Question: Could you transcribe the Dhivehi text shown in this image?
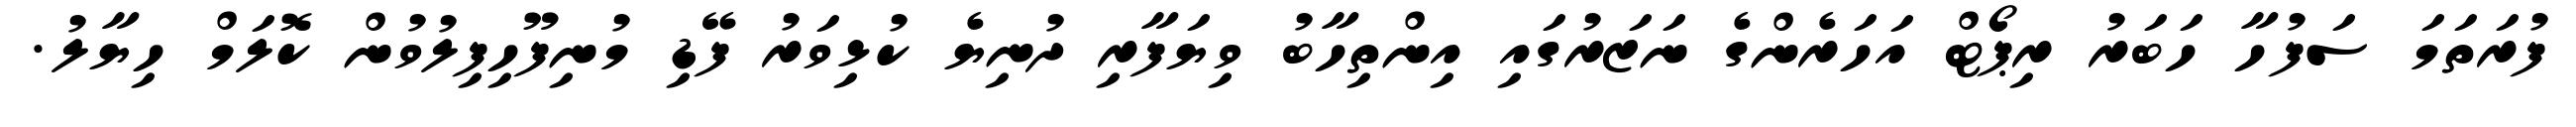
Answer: ފުރަތަމަ ސަފުހާ ހަބަރު ރިޕޯޓް އަހަރެންގެ ނަޒަރުގައި އިންތިހާބު ވިޔަފާރި ދުނިޔެ ކުޅިވަރު ފޭޑި މުނިފޫހިފިލުވުން ކޮލަމް ހިޔާލު.